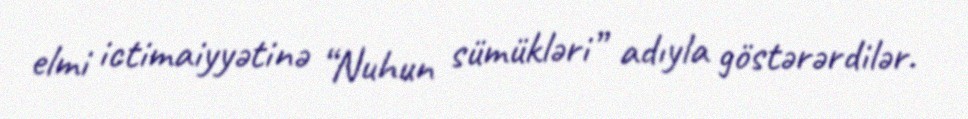
elmi ictimaiyyətinə “Nuhun sümükləri” adıyla göstərərdilər.